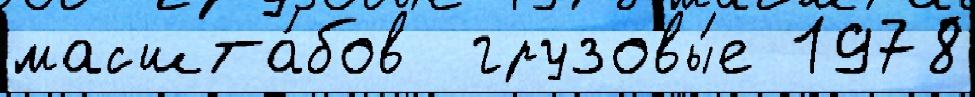
масшта́бов  грузовы́е 1978